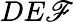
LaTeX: DE\mathscr{F}